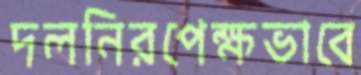
দলনিরপেক্ষভাবে